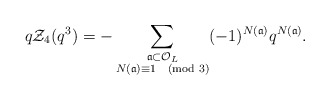
\begin{align*} q\mathcal{Z}_4(q^3) = -\sum_{\substack{\frak{a} \subset \mathcal{O}_{L} \\ N(\frak{a}) \equiv 1 \pmod{3}}} (-1)^{N(\frak{a})} q^{N(\frak{a})}.\end{align*}